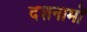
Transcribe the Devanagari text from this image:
दशनामों